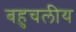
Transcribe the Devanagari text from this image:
बहुचलीय